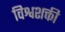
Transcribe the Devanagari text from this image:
विश्वशक्ती